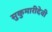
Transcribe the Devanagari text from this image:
सुकुमारीदेवी